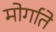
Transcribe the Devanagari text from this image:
मोर्गाते